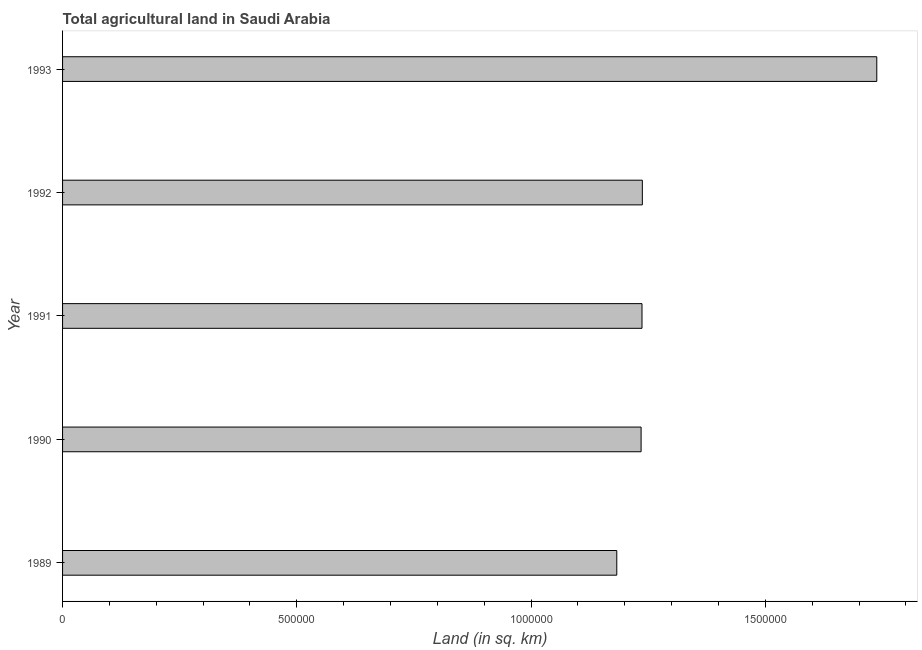
| Year | Agricultural land (sq. km) |
 | --- | --- |
 | 1989 | 1.18e+06 |
 | 1990 | 1.23e+06 |
 | 1991 | 1.24e+06 |
 | 1992 | 1.24e+06 |
 | 1993 | 1.74e+06 |